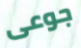
جوعى